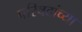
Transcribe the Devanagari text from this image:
परिषदांच्या